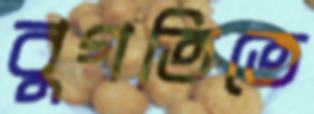
বুগতিতে